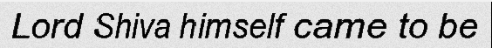
Lord Shiva himself came to be